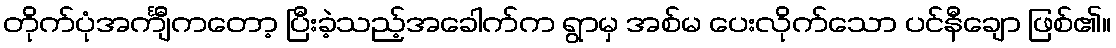
တိုက်ပုံအင်္ကျီကတော့ ပြီးခဲ့သည့်အခေါက်က ရွာမှ အစ်မ ပေးလိုက်သော ပင်နီချော ဖြစ်၏။